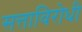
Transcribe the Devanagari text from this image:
सत्ताविरोधी